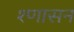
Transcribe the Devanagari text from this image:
श्णासन